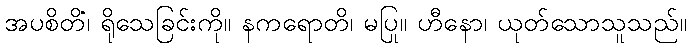
အပစိတိံ၊ ရိုသေခြင်းကို။ နကရောတိ၊ မပြု။ ဟီနော၊ ယုတ်သောသူသည်။